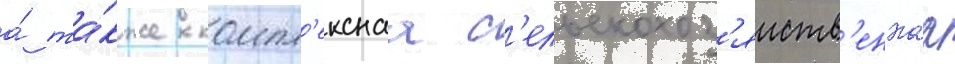
а́ та́кже компл'екснаа с'ельскохоз'яиств'еннаа